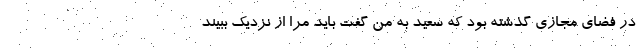
در فضای مجازی گذشته بود که سعید به من گفت باید مرا از نزدیک ببیند